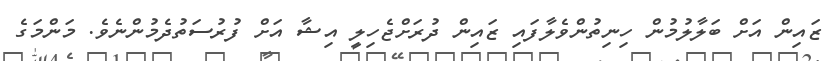
ޒައިން އަށް ބަލާލުމުން ހިނިތުންވެލާފައި ޒައިން ދުރަށްޖެހިލީ އިޝާ އަށް ފުރުސަތުދެމުންނެވެ. މަންމަގެ